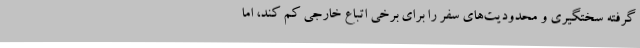
گرفته سختگیری و محدودیت‌های سفر را برای برخی اتباع خارجی کم کند، اما